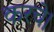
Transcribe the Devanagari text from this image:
करचे।